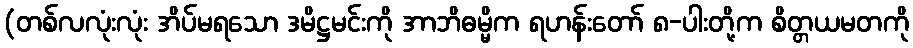
(တစ်လလုံးလုံး အိပ်မရသော ဒမိဋ္ဌမင်းကို အာဘိဓမ္မိက ရဟန်းတော် ၈-ပါးတို့က စိတ္တယမတကို